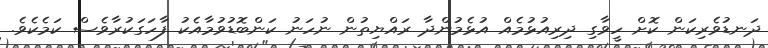
ދަނޑުވެރިކަން ކޮށް ހީވާގި ދިރިއުޅުމެއް އުޅެމުންދާ ރައްޔިތުން ނުހަނު ކަންބޮޑުވުމާއެކު ފާހަގަކުރާވެސް ކަމެކެވެ.